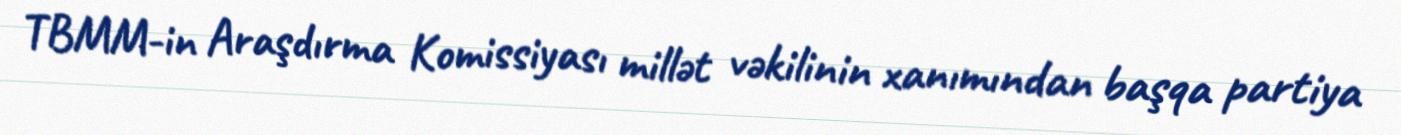
TBMM-in Araşdırma Komissiyası millət vəkilinin xanımından başqa partiya